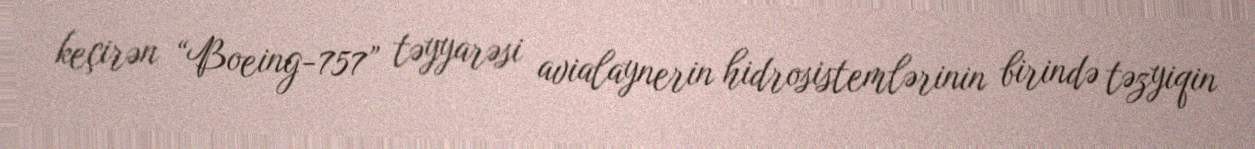
keçirən “Boeing-757” təyyarəsi avialaynerin hidrosistemlərinin birində təzyiqin